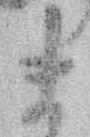
ま